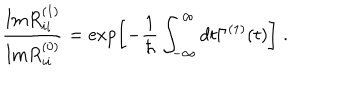
\frac { \mathrm { I m } R _ { i i } ^ { ( 1 ) } } { \mathrm { I m } R _ { i i } ^ { ( 0 ) } } = \exp \left[ - \frac { 1 } { \hbar } \int _ { - \infty } ^ { \infty } d t \Gamma ^ { ( 1 ) } ( t ) \right] \; .